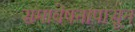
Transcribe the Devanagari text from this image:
समावेषनापासून